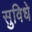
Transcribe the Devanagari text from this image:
सुविधे